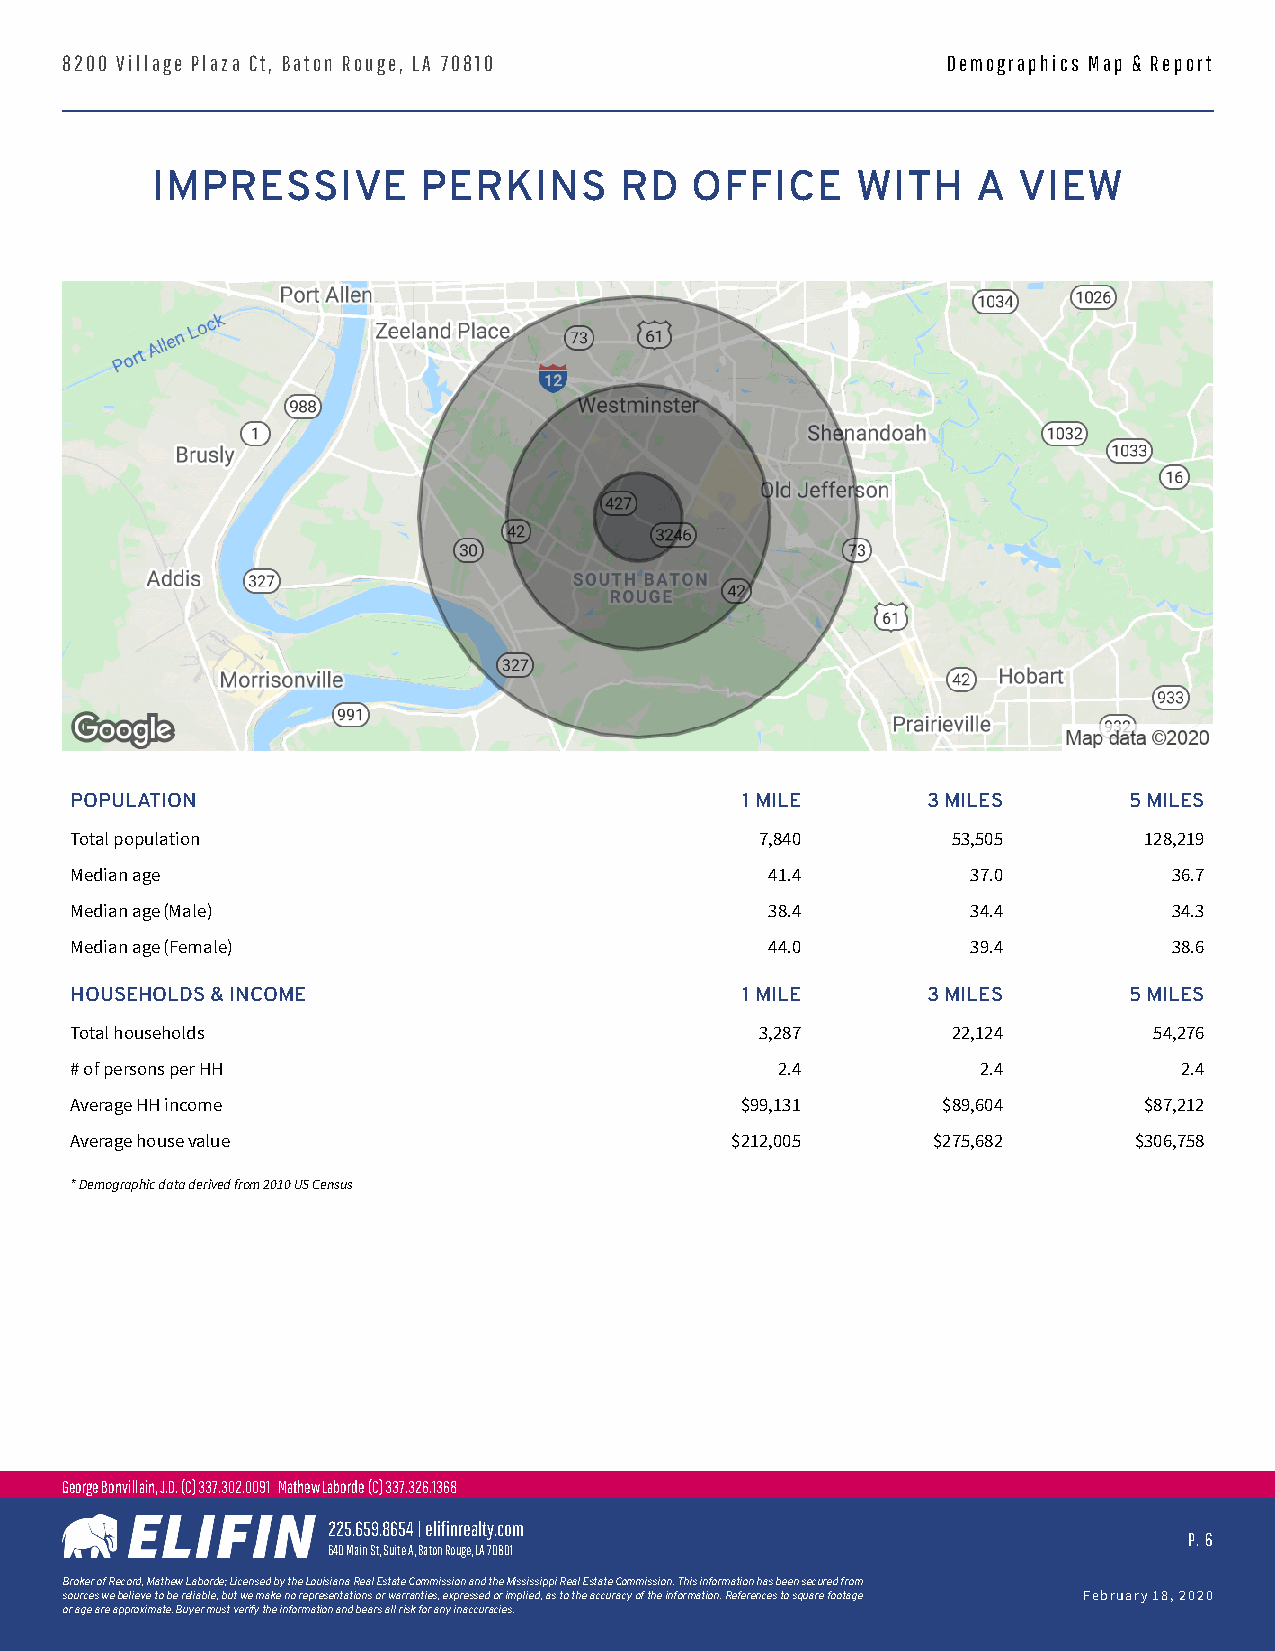
8200 Village Plaza Ct, Baton Rouge, LA 70810               Demographics Map & Report
 IMPRESSIVE        PERKINS      RD   OFFICE     WITH    A VIEW
 POPULATION                                  1 MILE      3 MILES       5 MILES
 Total population                             7,840        53,505       128,219
 Median age                                    41.4         37.0          36.7
 Median age (Male)                             38.4         34.4          34.3
 Median age (Female)                           44.0         39.4          38.6
 HOUSEHOLDS & INCOME                         1 MILE      3 MILES       5 MILES
 Total households                             3,287        22,124       54,276
 # of persons per HH                           2.4           2.4          2.4
 Average HH income                           $99,131      $89,604       $87,212
 Average house value                        $212,005      $275,682     $306,758
 * Demographic data derived from 2010 US Census
 George Bonvillain, J.D. (C) 337.302.0091 Mathew Laborde (C) 337.326.1368
 225.659.8654 | elifinrealty.com
 P. 6
 640 Main St, Suite A, Baton Rouge, LA 70801
 BrokerofRecord,MathewLaborde;LicensedbytheLouisianaRealEstateCommissionandtheMississippiRealEstateCommission.Thisinformationhasbeensecuredfrom
 sourceswebelievetobereliable,butwemakenorepresentationsorwarranties,expressedorimplied,astotheaccuracyoftheinformation.Referencestosquarefootage February 18, 2020
 or age are approximate. Buyer must verify the information and bears all risk for any inaccuracies.
 for more information contact: